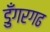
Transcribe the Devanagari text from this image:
डुँगरगढ